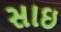
સાઇ